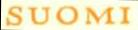
SUOMI